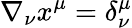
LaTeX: \nabla_{\nu}x^{\mu}=\delta_{\nu}^{\mu}